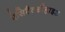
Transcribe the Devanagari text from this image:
ऐसिटैल्डीहाइड